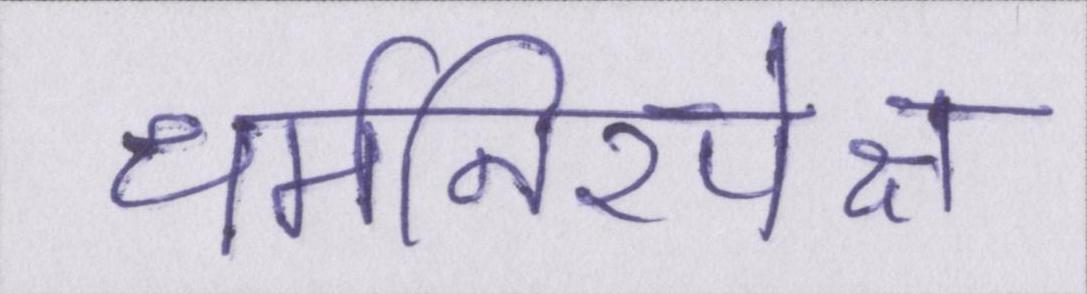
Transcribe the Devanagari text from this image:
धर्मनिरपेक्ष